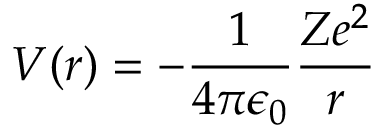
V ( r ) = - { \frac { 1 } { 4 \pi \epsilon _ { 0 } } } { \frac { Z e ^ { 2 } } { r } }